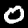
Label: 0